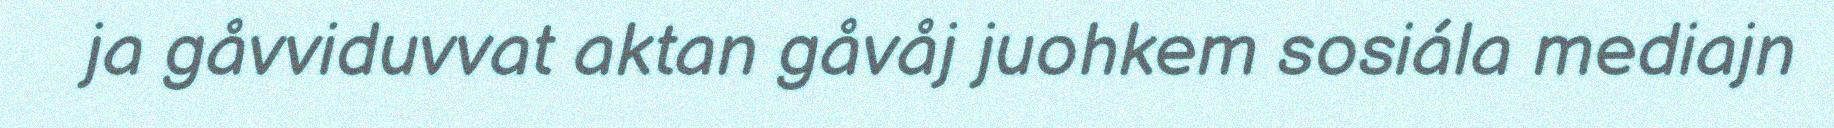
ja gåvviduvvat aktan gåvåj juohkem sosiála mediajn